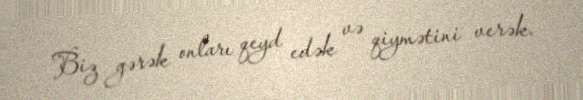
Biz gərək onları qeyd edək və qiymətini verək.